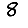
Digit: 8